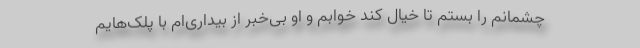
چشمانم را بستم تا خیال کند خوابم و او بی‌خبر از بیداری‌ام با پلک‌هایم